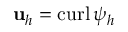
{ \mathbf u } _ { h } = { \mathrm { c u r l } \, } \psi _ { h }